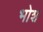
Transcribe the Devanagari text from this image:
भोश